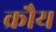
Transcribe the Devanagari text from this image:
क्रौय